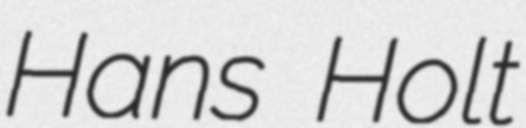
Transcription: Hans Holt